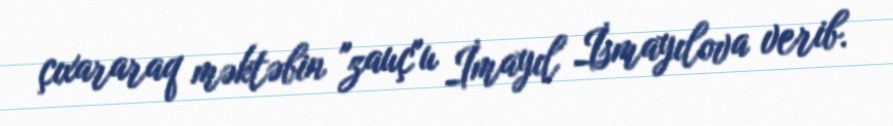
çıxararaq məktəbin "zauç"u İmayıl İsmayılova verib.